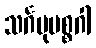
သင်္ဂမုပစ္စဂါ